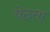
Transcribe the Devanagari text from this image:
बेठता